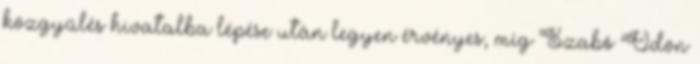
közgyűlés hivatalba lépése után legyen érvényes, míg Szabó Ödön